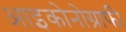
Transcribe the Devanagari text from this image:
आइकोनोग्राफी